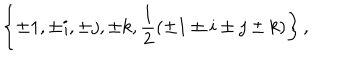
\left\{ \pm 1 , \pm i , \pm j , \pm k , \frac { 1 } { 2 } ( \pm 1 \pm i \pm j \pm k ) \right\} ,